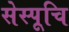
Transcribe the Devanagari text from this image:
सेस्पूचि